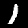
Digit: 1